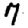
Digit: 7